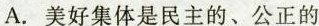
A.美好集体是民主的、公正的